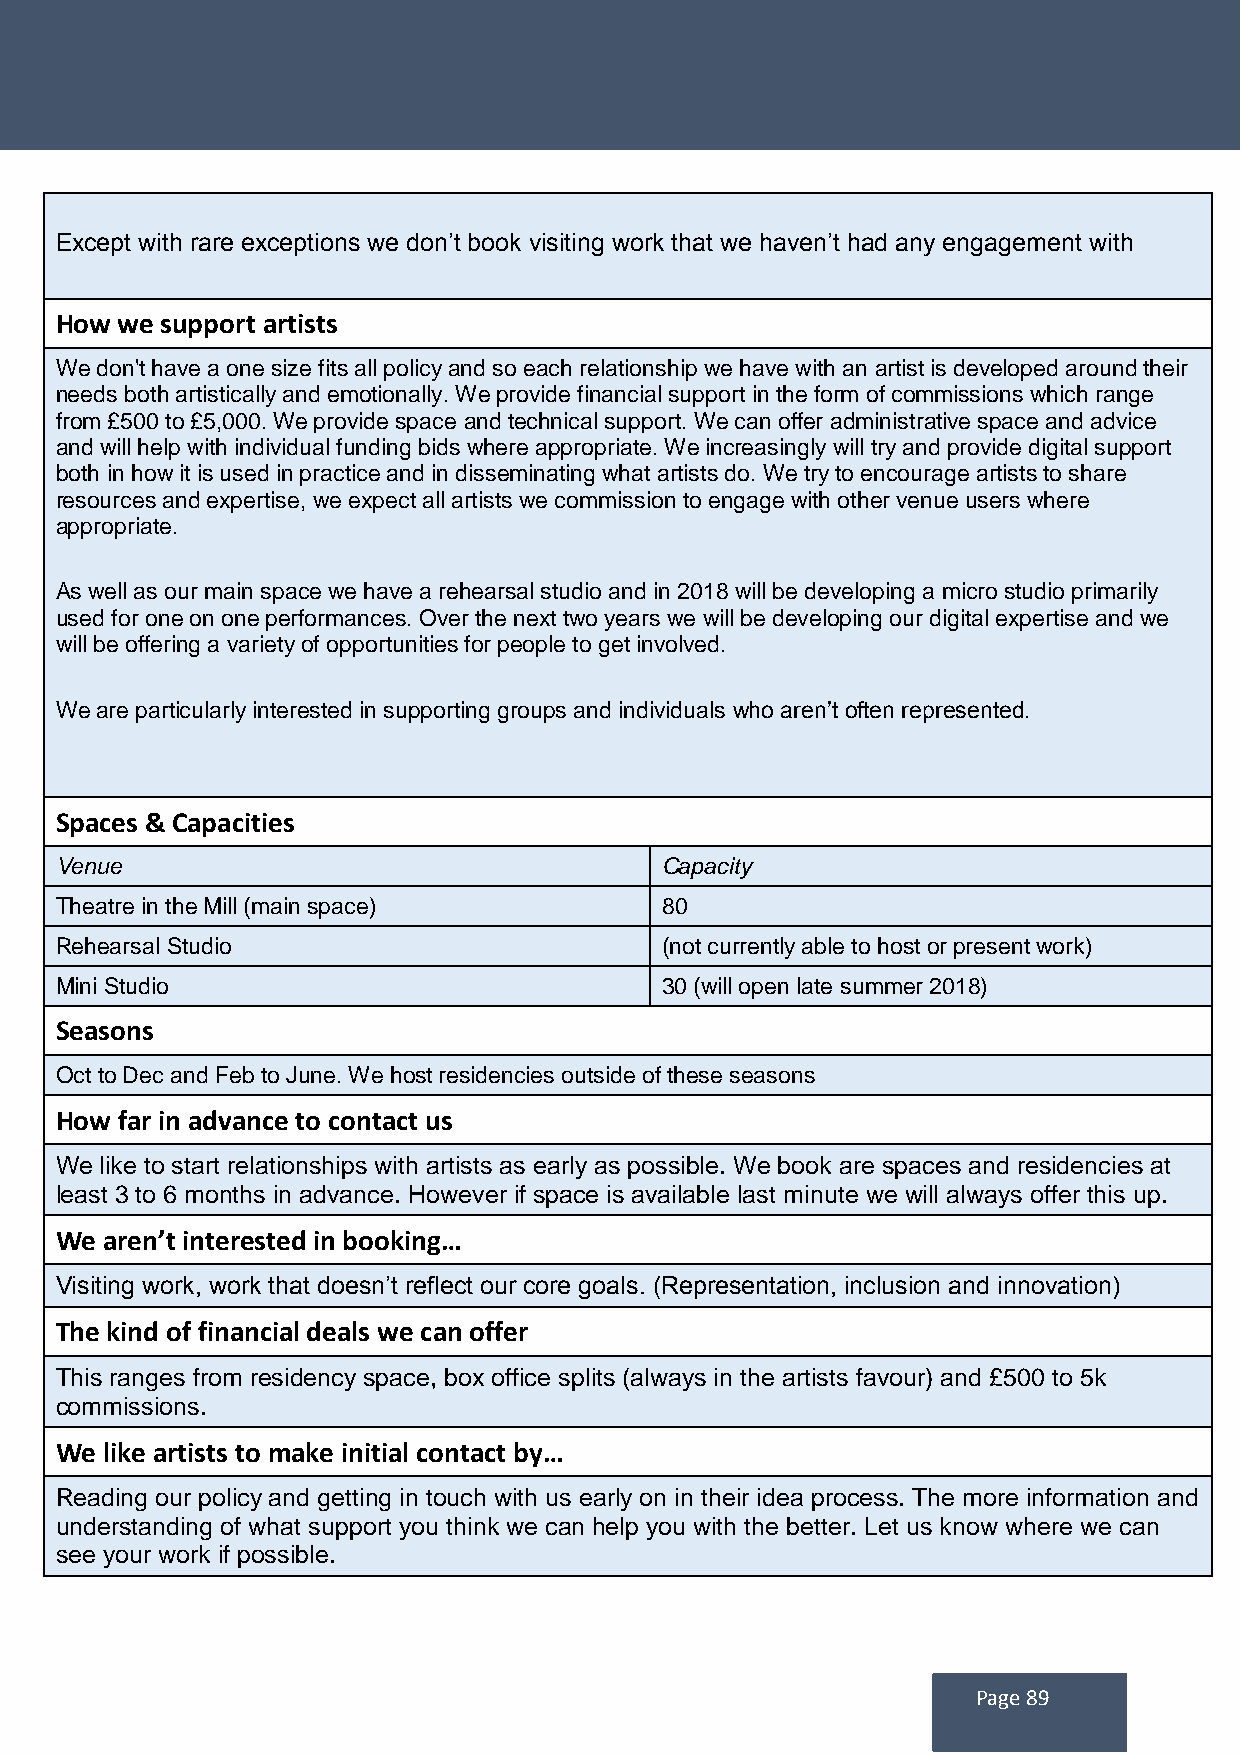
Except with rare exceptions we don’t book visiting work that we haven’t had any engagement with
 How we support artists
 We don't have a one size fits all policy and so each relationship we have with an artist is developed around their
 needs both artistically and emotionally. We provide financial support in the form of commissions which range
 from £500 to £5,000. We provide space and technical support. We can offer administrative space and advice
 and will help with individual funding bids where appropriate. We increasingly will try and provide digital support
 both in how it is used in practice and in disseminating what artists do. We try to encourage artists to share
 resources and expertise, we expect all artists we commission to engage with other venue users where
 appropriate.
 As well as our main space we have a rehearsal studio and in 2018 will be developing a micro studio primarily
 used for one on one performances. Over the next two years we will be developing our digital expertise and we
 will be offering a variety of opportunities for people to get involved.
 We are particularly interested in supporting groups and individuals who aren’t often represented.
 Spaces & Capacities
 Venue                                   Capacity
 Theatre in the Mill (main space)        80
 Rehearsal Studio                        (not currently able to host or present work)
 Mini Studio                             30 (will open late summer 2018)
 Seasons
 Oct to Dec and Feb to June. We host residencies outside of these seasons
 How far in advance to contact us
 We like to start relationships with artists as early as possible. We book are spaces and residencies at
 least 3 to 6 months in advance. However if space is available last minute we will always offer this up.
 We aren’t interested in booking…
 Visiting work, work that doesn’t reflect our core goals. (Representation, inclusion and innovation)
 The kind of financial deals we can offer
 This ranges from residency space, box office splits (always in the artists favour) and £500 to 5k
 commissions.
 We like artists to make initial contact by…
 Reading our policy and getting in touch with us early on in their idea process. The more information and
 understanding of what support you think we can help you with the better. Let us know where we can
 see your work if possible.
 Page 89